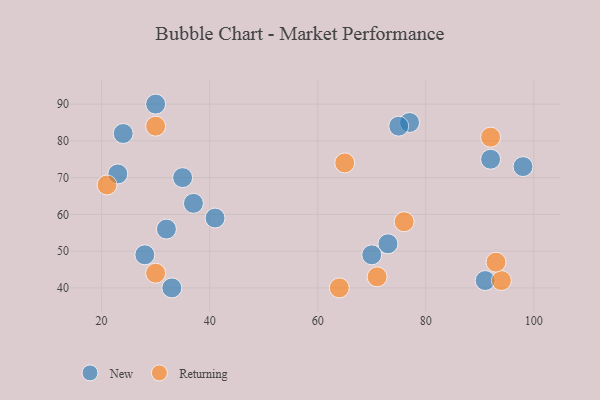
{"axis": {"x": "GDP", "y": "Life Expectancy"}, "legend": ["New", "Returning"], "data": [{"x": "24", "y": 82, "type": "New"}, {"x": "32", "y": 56, "type": "New"}, {"x": "33", "y": 40, "type": "New"}, {"x": "98", "y": 73, "type": "New"}, {"x": "73", "y": 52, "type": "New"}, {"x": "92", "y": 75, "type": "New"}, {"x": "30", "y": 90, "type": "New"}, {"x": "28", "y": 49, "type": "New"}, {"x": "37", "y": 63, "type": "New"}, {"x": "35", "y": 70, "type": "New"}, {"x": "91", "y": 42, "type": "New"}, {"x": "41", "y": 59, "type": "New"}, {"x": "77", "y": 85, "type": "New"}, {"x": "23", "y": 71, "type": "New"}, {"x": "75", "y": 84, "type": "New"}, {"x": "70", "y": 49, "type": "New"}, {"x": "94", "y": 42, "type": "Returning"}, {"x": "30", "y": 44, "type": "Returning"}, {"x": "93", "y": 47, "type": "Returning"}, {"x": "64", "y": 40, "type": "Returning"}, {"x": "92", "y": 81, "type": "Returning"}, {"x": "76", "y": 58, "type": "Returning"}, {"x": "21", "y": 68, "type": "Returning"}, {"x": "30", "y": 84, "type": "Returning"}, {"x": "71", "y": 43, "type": "Returning"}, {"x": "65", "y": 74, "type": "Returning"}]}